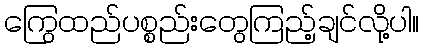
ကြွေထည်ပစ္စည်းတွေကြည့်ချင်လို့ပါ။